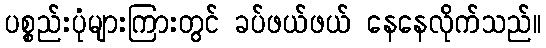
ပစ္စည်းပုံများကြားတွင် ခပ်ဖယ်ဖယ် နေနေလိုက်သည်။